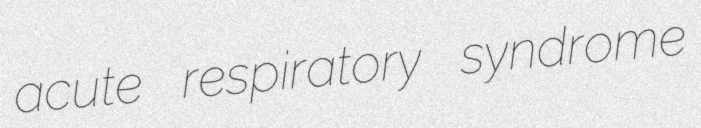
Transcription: acute respiratory syndrome